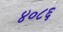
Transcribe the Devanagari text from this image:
४०८६